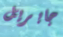
جابريل